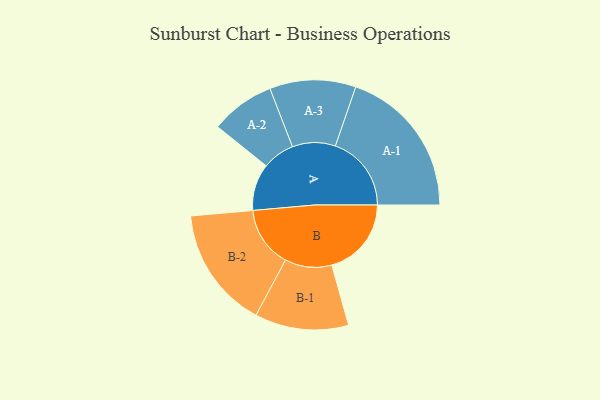
{"axis": {"x": "Segment", "y": "Value"}, "legend": ["", "A", "B"], "data": [{"x": "A", "y": 182, "type": ""}, {"x": "B", "y": 309, "type": ""}, {"x": "A-1", "y": 295, "type": "A"}, {"x": "A-2", "y": 125, "type": "A"}, {"x": "A-3", "y": 167, "type": "A"}, {"x": "B-1", "y": 182, "type": "B"}, {"x": "B-2", "y": 236, "type": "B"}]}